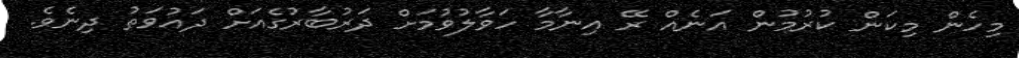
މިހެން މިކަން ކުރުމުން އަނެއް ރޭ އިނާމާ ހަވާލުވުމަށް ދަރުބާރުގެއަށް ދައުވަތު ދިނެވެ.